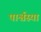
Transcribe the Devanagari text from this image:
पार्श्वस्या